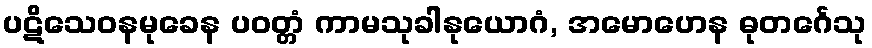
ပဋိသေဝနမုခေန ပဝတ္တံ ကာမသုခါနုယောဂံ, အမောဟေန ဓုတင်္ဂေသု